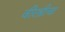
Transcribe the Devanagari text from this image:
वीरश्रीचा